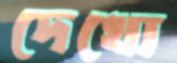
দেখো